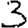
Digit: 3